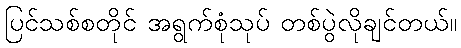
ပြင်သစ်စတိုင် အရွက်စုံသုပ် တစ်ပွဲလိုချင်တယ်။